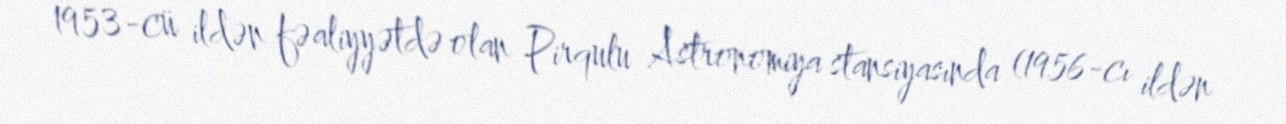
1953-cü ildən fəaliyyətdə olan Pirqulu Astronomiya stansiyasında (1956-cı ildən